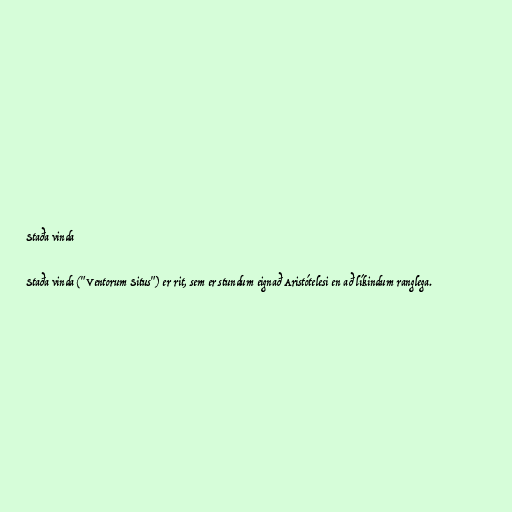
Staða vinda

Staða vinda ("Ventorum Situs") er rit, sem er stundum eignað Aristótelesi en að líkindum ranglega.